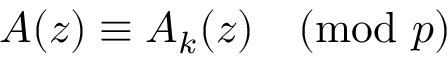
A ( z ) \equiv A _ { k } ( z ) { \pmod { p } }